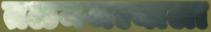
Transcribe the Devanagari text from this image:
तळमजल्याला